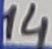
Text: 14